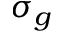
\sigma _ { g }